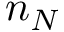
n _ { N }